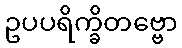
ဥပပရိက္ခိတဗ္ဗော